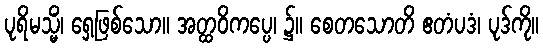
ပုရိမသ္မိံ၊ ရှေ့ဖြစ်သော။ အတ္ထဝိကပ္ပေ၊ ၌။ စေတသောတိ ဧတံပဒံ၊ ပုဒ်ကို။